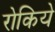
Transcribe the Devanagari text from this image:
रोकिये